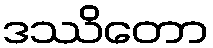
ဒဿိတော